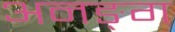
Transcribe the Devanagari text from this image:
अनङ्‌ग